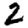
Digit: 2